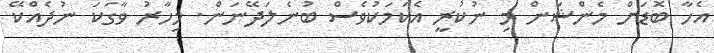
އެހާ ބޮޑަށް މެންޝަން މި ނުކުރީ އެކަމަކުވެސް ބުނެލަދޭނަން. މިހާރު ވާގަކަ ނުދެއްކޭ